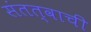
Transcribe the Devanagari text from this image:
संतत्वाची